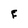
Character: F